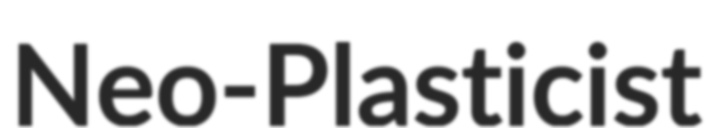
Neo-Plasticist